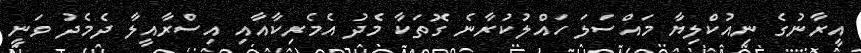
އީރާނުގެ ނިއުކްލިޔާ މައްސަލަ ހައްލުކުރާނެ ގޮތަކާ މެދު އެމެރިކާއާއި އިސްރާއީލާ ދެމެދު ވަނީ